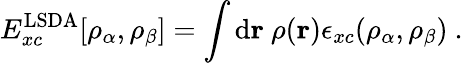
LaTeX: E_{xc}^{\mathrm{LSDA}}[\rho_{\alpha},\rho_{\beta}]=\int\mathrm{d}\mathbf{r}\ \rho(\mathbf{r})\epsilon_{xc}(\rho_{\alpha},\rho_{\beta})\ .